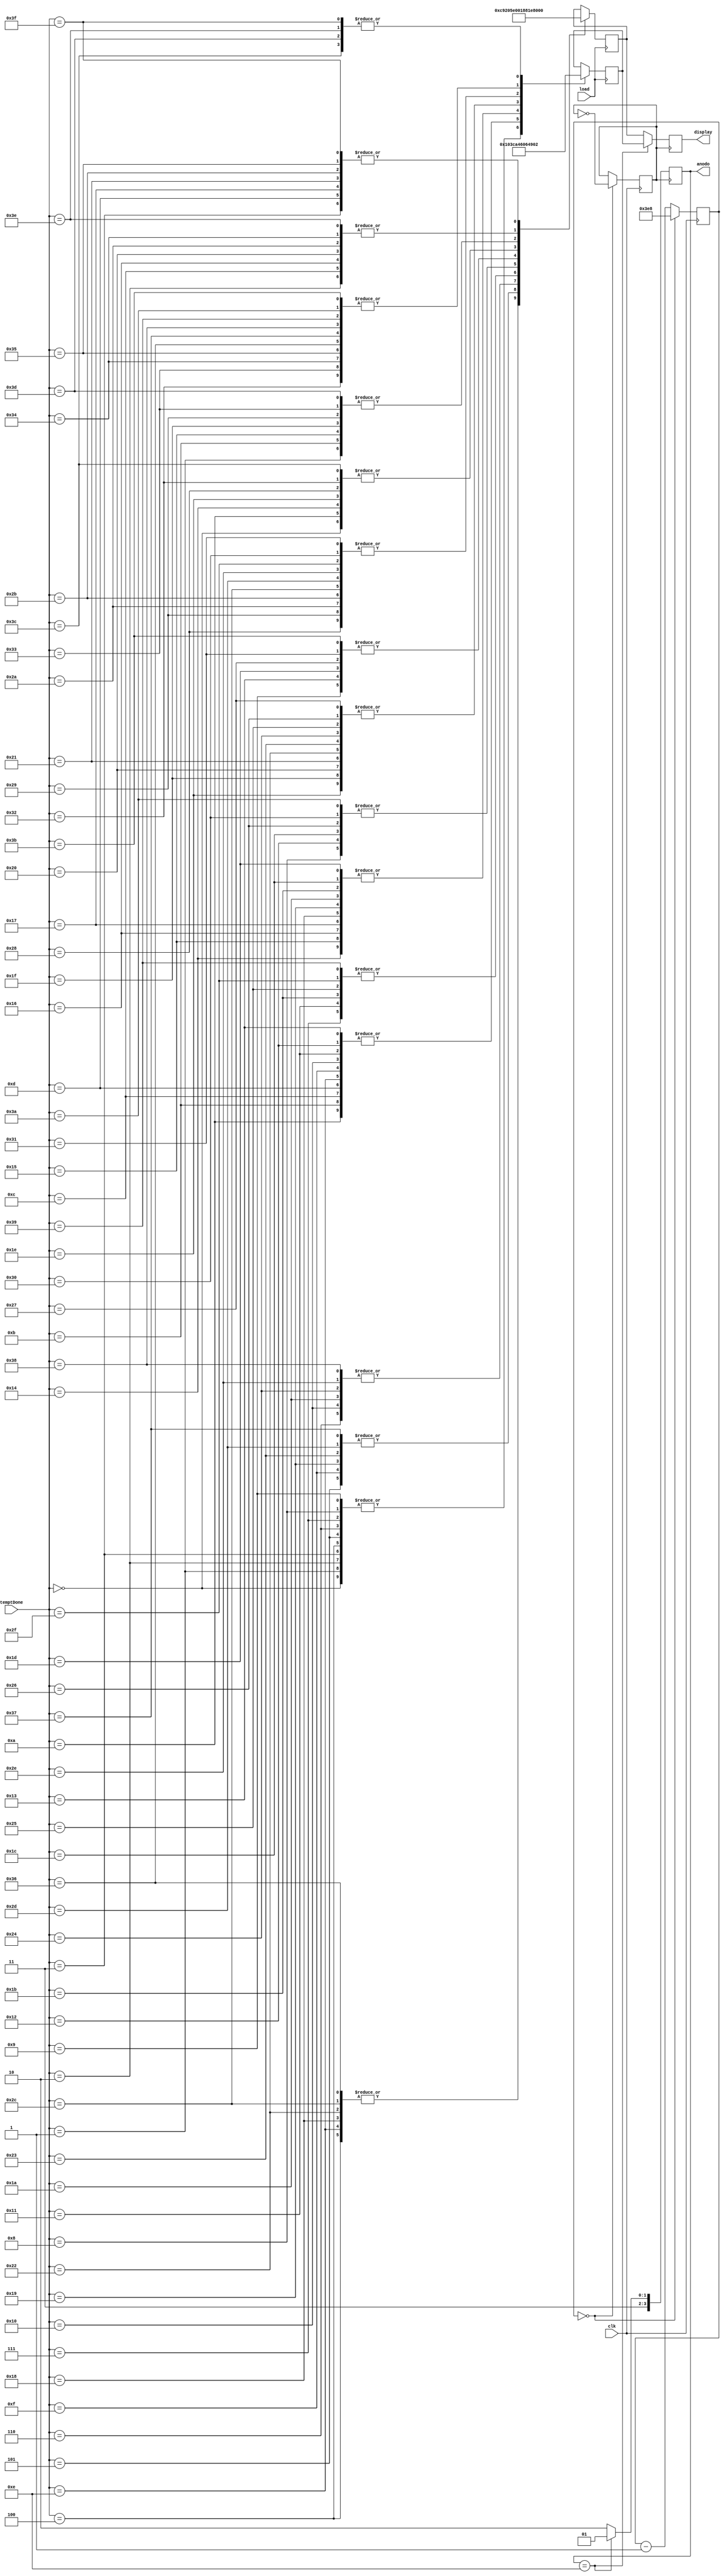
module seg7(
	input load,
	input [7:0] temptDone,
	input clk,
	output reg[6:0] display,
	output reg[3:0] anodo
    );  
	reg[6:0] unidades =  7'b0110110;
	reg[6:0] decenas =  7'b1001001;

	parameter c0 = 7'b1000000, c1 = 7'b1111001,
	c2 = 7'b0100100, c3 = 7'b0110000,
	c4 = 7'b0011001, c5 = 7'b0010010,
	c6 = 7'b0000010, c7 = 7'b1111000,
	c8 = 7'b0000000, c9 = 7'b0011000;
	
	reg [9:0] cont = 'd1000;
	reg clkV = 0;

	always @ ( posedge clkV ) //seal control
	begin
		if ( anodo == 4'b1110) begin
			anodo <= 4'b1101;
			display <= decenas;
		end
		else begin
			anodo <= 4'b1110;
			display <= unidades;
		end
	end

	always @ (posedge clk)
	begin
		if ( cont == 0 )begin
			cont <= 'd1000;
			clkV <= ~clkV;
		end
		else begin
			cont <= cont - 1'b1;
		end
	end

	always @ ( posedge load ) //seal control
	begin
		case( temptDone )
			0: unidades <= c0;
			1: unidades <= c1;
			2: unidades <= c2;
			3: unidades <= c3;
			4: unidades <= c4;
			5: unidades <= c5;
			6: unidades <= c6;
			7: unidades <= c7;
			8: unidades <= c8;
			9: unidades <= c9;
			10: unidades <= c0;
			11: unidades <= c1;
			12: unidades <= c2;
			13: unidades <= c3;
			14: unidades <= c4;
			15: unidades <= c5;
			16: unidades <= c6;
			17: unidades <= c7;
			18: unidades <= c8;
			19: unidades <= c9;
			20: unidades <= c0;
			21: unidades <= c1;
			22: unidades <= c2;
			23: unidades <= c3;
			24: unidades <= c4;
			25: unidades <= c5;
			26: unidades <= c6;
			27: unidades <= c7;
			28: unidades <= c8;
			29: unidades <= c9;
			30: unidades <= c0;
			31: unidades <= c1;
			32: unidades <= c2;
			33: unidades <= c3;
			34: unidades <= c4;
			35: unidades <= c5;
			36: unidades <= c6;
			37: unidades <= c7;
			38: unidades <= c8;
			39: unidades <= c9;
			40: unidades <= c0;
			41: unidades <= c1;
			42: unidades <= c2;
			43: unidades <= c3;
			44: unidades <= c4;
			45: unidades <= c5;
			46: unidades <= c6;
			47: unidades <= c7;
			48: unidades <= c8;
			49: unidades <= c9;
			50: unidades <= c0;
			51: unidades <= c1;
			52: unidades <= c2;
			53: unidades <= c3;
			54: unidades <= c4;
			55: unidades <= c5;
			56: unidades <= c6;
			57: unidades <= c7;
			58: unidades <= c8;
			59: unidades <= c9;
			60: unidades <= c0;
			61: unidades <= c1;
			62: unidades <= c2;
			63: unidades <= c3;
		endcase
		case( temptDone )
			0: decenas <= c0;
			1: decenas <= c0;
			2: decenas <= c0;
			3: decenas <= c0;
			4: decenas <= c0;
			5: decenas <= c0;
			6: decenas <= c0;
			7: decenas <= c0;
			8: decenas <= c0;
			9: decenas <= c0;
			10: decenas <= c1;
			11: decenas <= c1;
			12: decenas <= c1;
			13: decenas <= c1;
			14: decenas <= c1;
			15: decenas <= c1;
			16: decenas <= c1;
			17: decenas <= c1;
			18: decenas <= c1;
			19: decenas <= c1;
			20: decenas <= c2;
			21: decenas <= c2;
			22: decenas <= c2;
			23: decenas <= c2;
			24: decenas <= c2;
			25: decenas <= c2;
			26: decenas <= c2;
			27: decenas <= c2;
			28: decenas <= c2;
			29: decenas <= c2;
			30: decenas <= c3;
			31: decenas <= c3;
			32: decenas <= c3;
			33: decenas <= c3;
			34: decenas <= c3;
			35: decenas <= c3;
			36: decenas <= c3;
			37: decenas <= c3;
			38: decenas <= c3;
			39: decenas <= c3;
			40: decenas <= c4;
			41: decenas <= c4;
			42: decenas <= c4;
			43: decenas <= c4;
			44: decenas <= c4;
			45: decenas <= c4;
			46: decenas <= c4;
			47: decenas <= c4;
			48: decenas <= c4;
			49: decenas <= c4;
			50: decenas <= c5;
			51: decenas <= c5;
			52: decenas <= c5;
			53: decenas <= c5;
			54: decenas <= c5;
			55: decenas <= c5;
			56: decenas <= c5;
			57: decenas <= c5;
			58: decenas <= c5;
			59: decenas <= c5;
			60: decenas <= c6;
			61: decenas <= c6;
			62: decenas <= c6;
			63: decenas <= c6;
		endcase
	end
	
endmodule